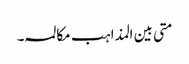
متی بین المذاہب مکالمہ ۔